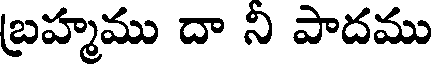
బ్రహ్మము దా ని పాదము